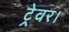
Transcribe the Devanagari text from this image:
ट्रेवर।